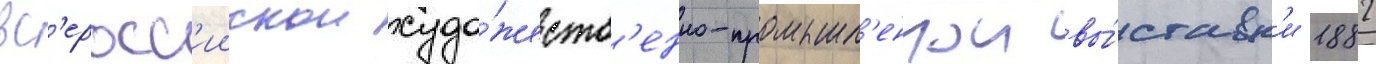
вс'еросс'иискои худо́жеств'енно-промышл'еннои вы́ставк'и 1882